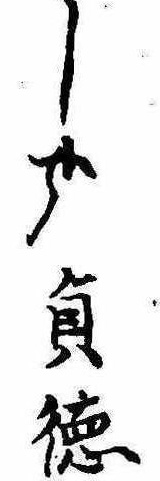
し哉貞徳